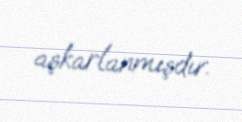
aşkarlanmışdır.